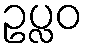
ဥပ္လဝ